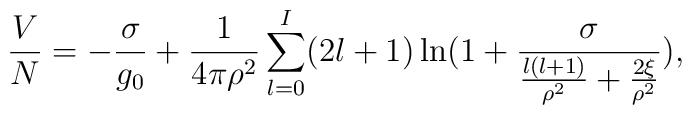
\frac{V}{N}=-\frac{\sigma}{g_0}+\frac{1}{4\pi\rho^2}\sum_{l=0}^{I}   (2l+1)\ln(1+\frac{\sigma}{\frac{l(l+1)}{\rho^2}+\frac{2\xi}{\rho^2} }),